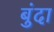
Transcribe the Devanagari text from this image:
बुंदा